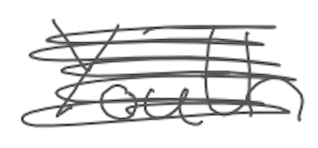
Text: Youth
Cross-out: scratch
Writing tool: digital_gray